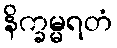
နိက္ခမ္မရတံ